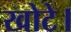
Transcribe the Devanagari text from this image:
खोटे।